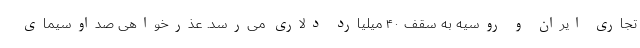
تجاری ایران و روسیه به سقف ۴۰ میلیارد دلاری می‌رسد. عذرخواهی صداوسیمای